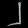
Digit: ၂